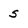
Character: 5